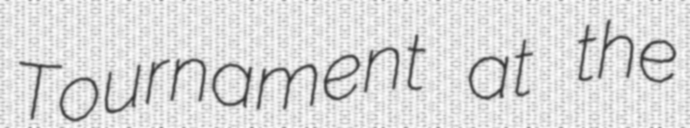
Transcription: Tournament at the